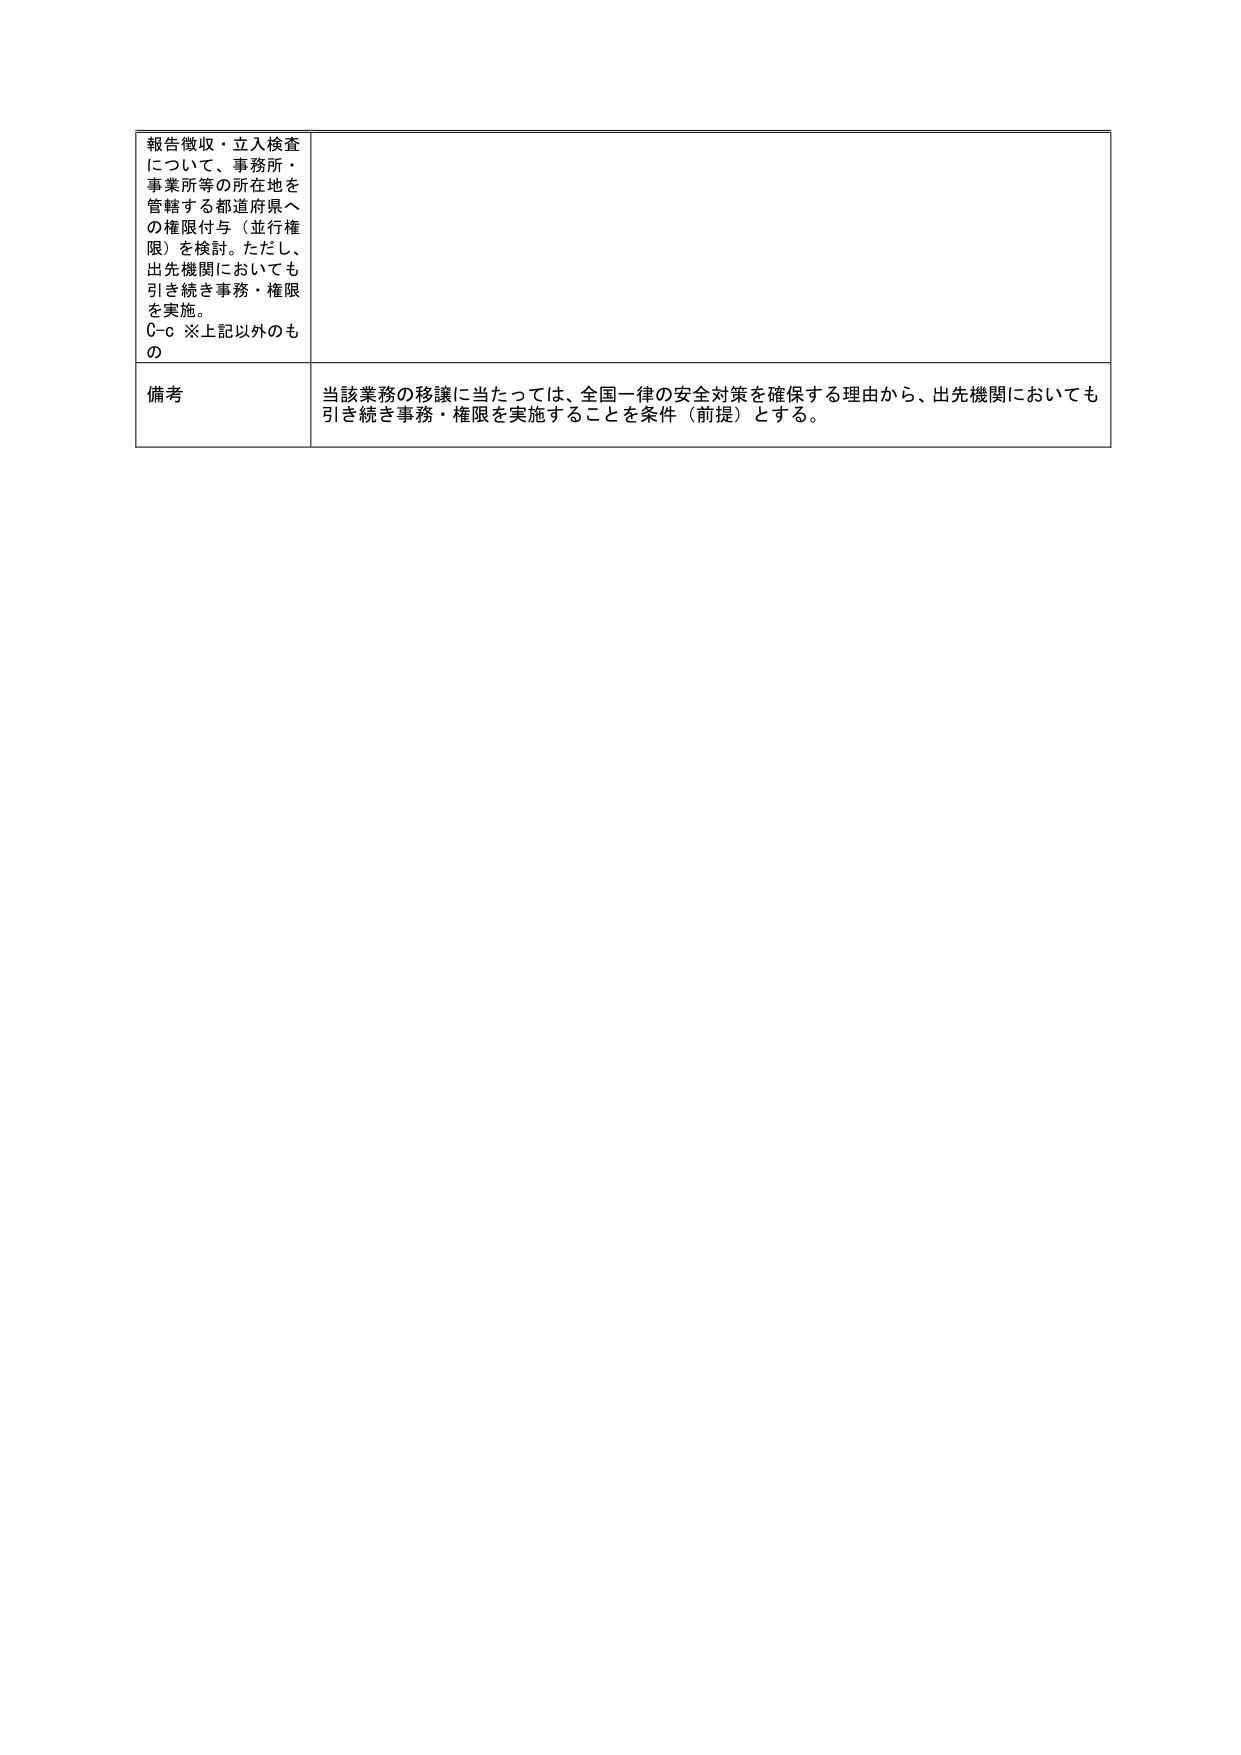
報告徴収・立入検査
について、事務所・
事業所等の所在地を
管轄する都道府県へ
の権限付与（並行権
限）を検討。ただし、
出先機関においても
引き続き事務・権限
を実施。
C-c ※上記以外のも
の

備考
当該業務の移譲に当たっては、全国一律の安全対策を確保する理由から、出先機関においても
引き続き事務・権限を実施することを条件（前提）とする。